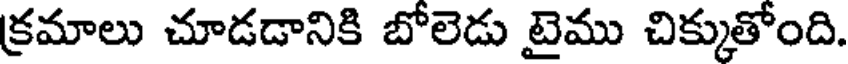
క్రమాలు చూడడానికి బోలెడు టైము చిక్కుతోంది.